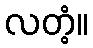
လတံ့။